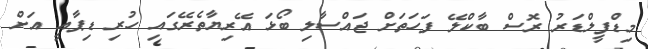
މިޑްފީލްޑަރު ރޮސް ބާކްލޭ ފަހަތަށް ޖައްސާލި ބޯޅަ އޭރިޔާތެރޭގައި ހުރި ޑިޕާއީ އަށް